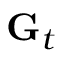
\mathbf { G } _ { t }